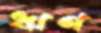
ঋণ